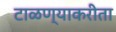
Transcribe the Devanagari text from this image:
टाळण्याकरीता